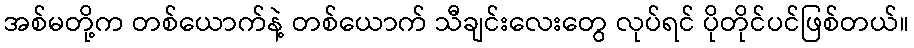
အစ်မတို့က တစ်ယောက်နဲ့ တစ်ယောက် သီချင်းလေးတွေ လုပ်ရင် ပိုတိုင်ပင်ဖြစ်တယ်။